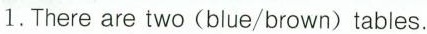
1. There are two (blue/brown) tables.